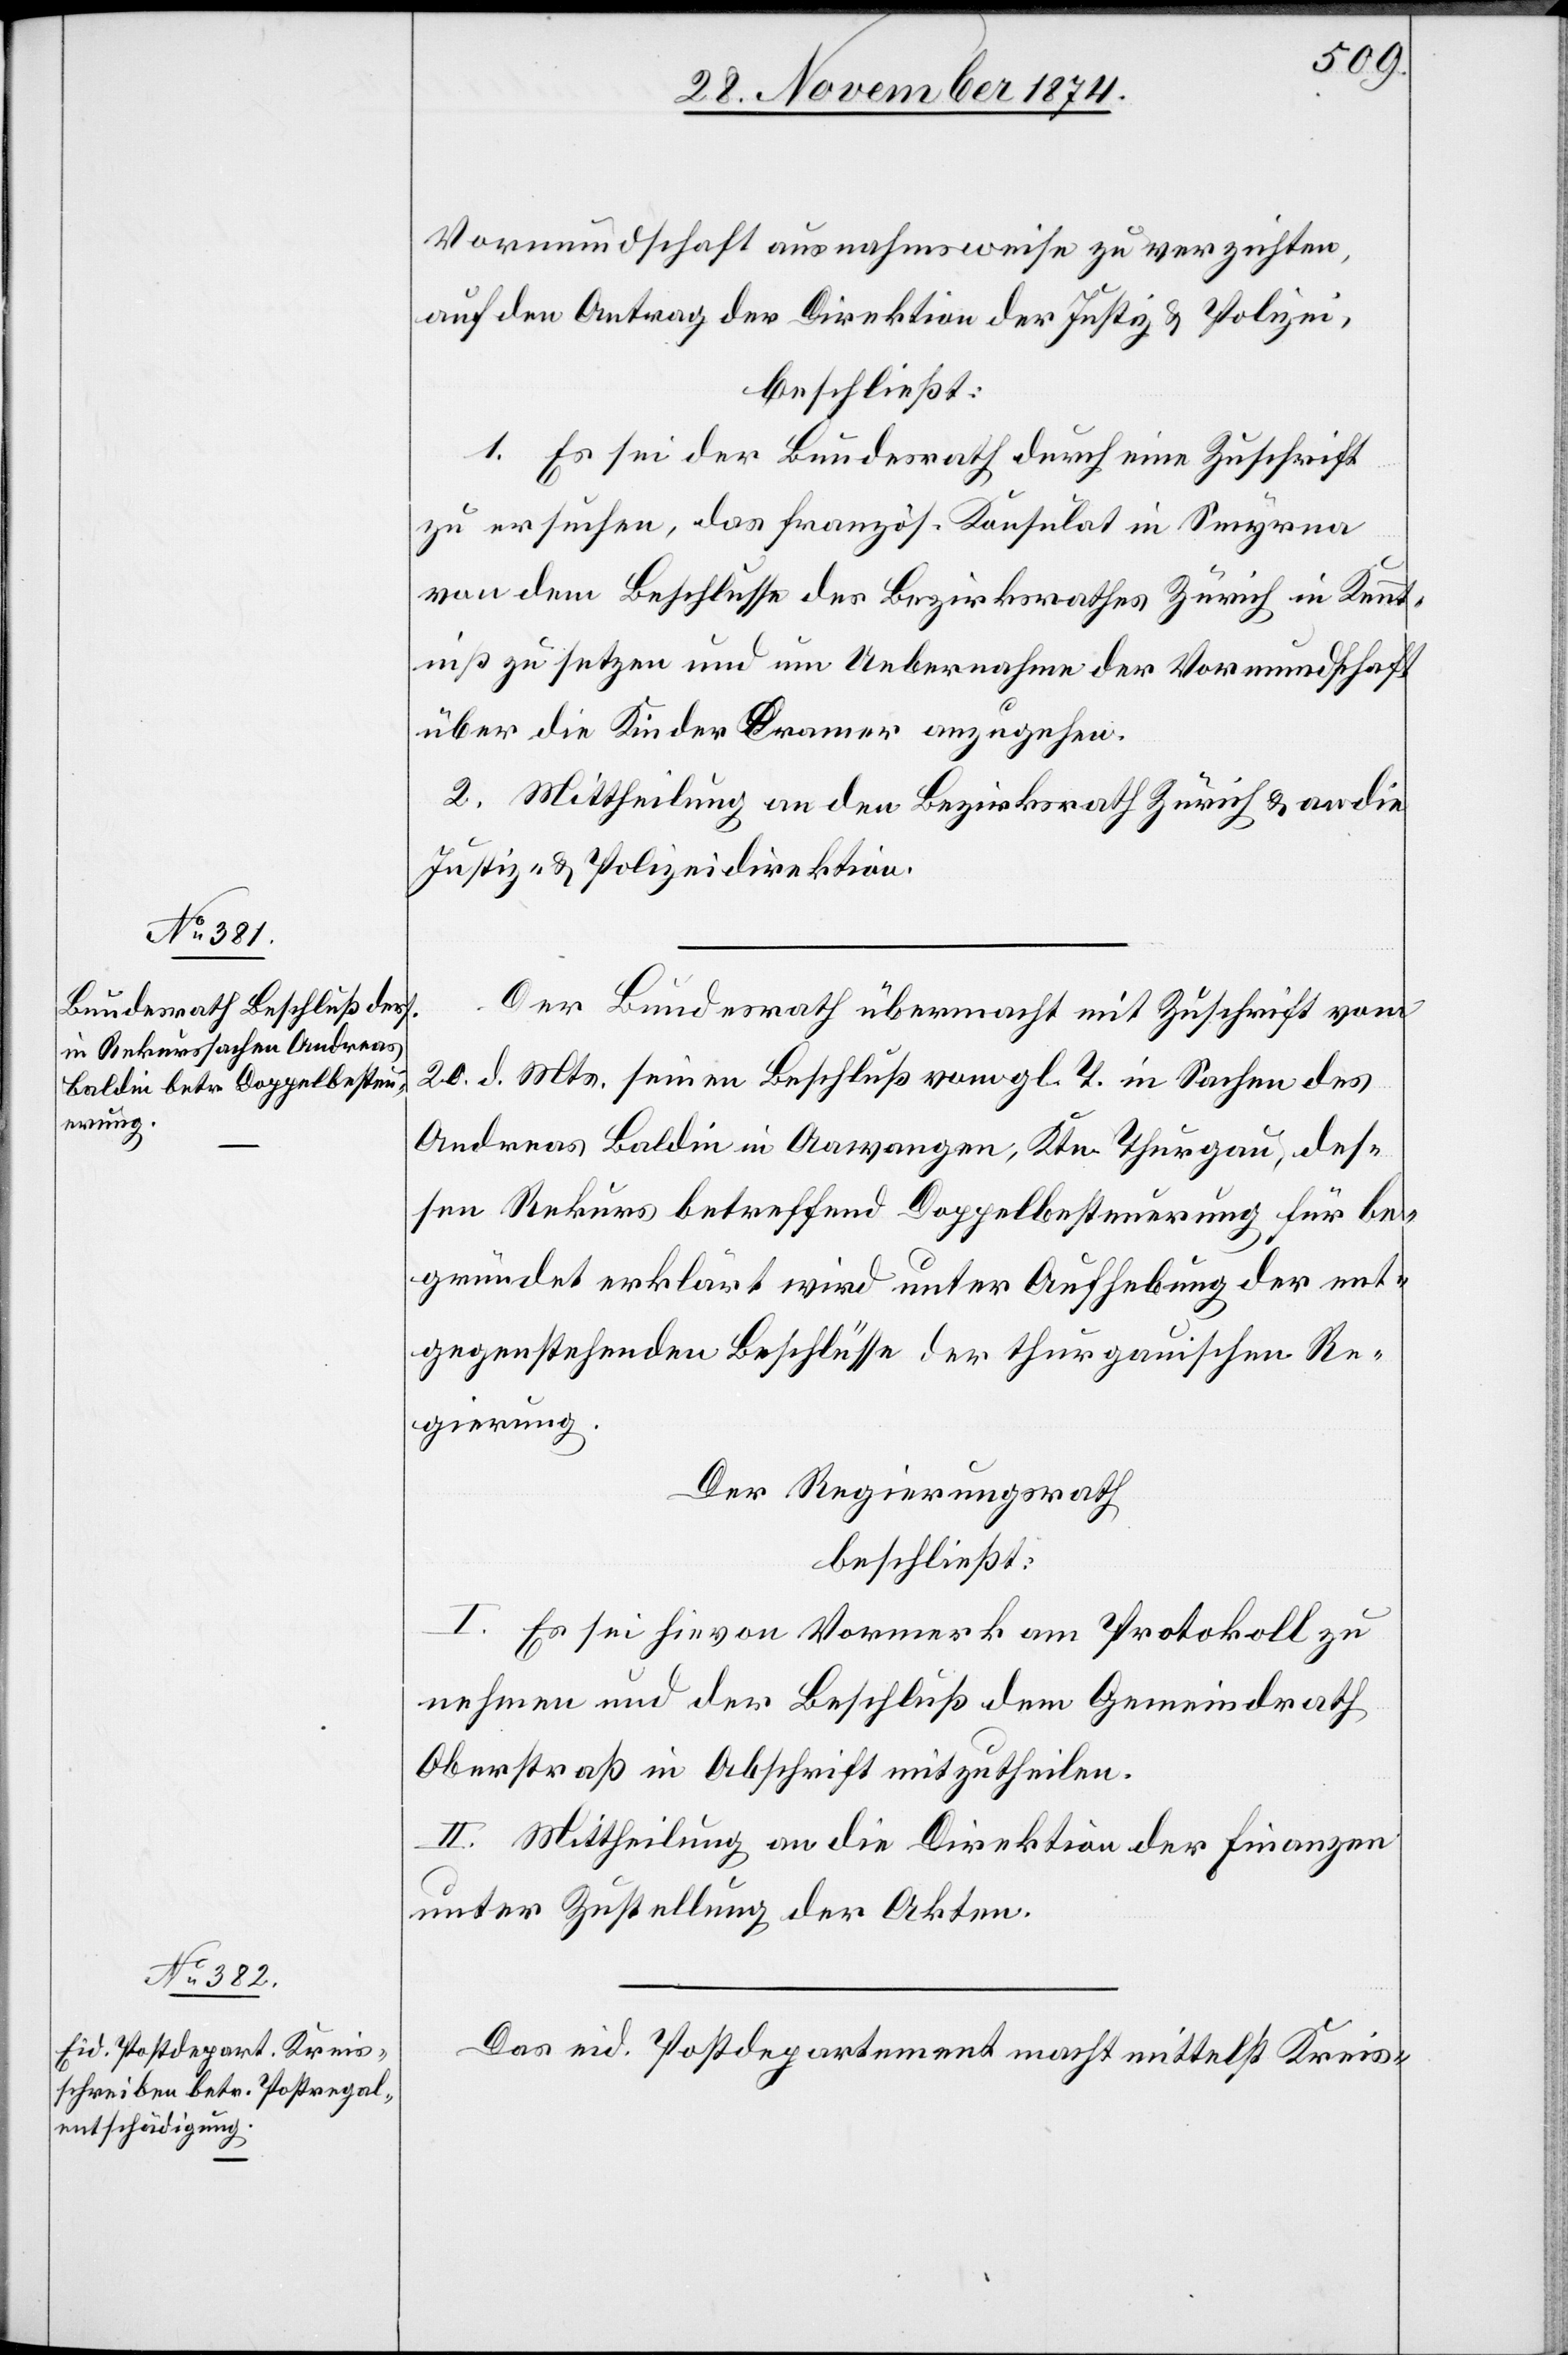
Vormundschaft ausnahmsweise zu verzichten,
auf den Antrag der Direktion der Justiz & Polizei,
beschließt:
1. Es sei der Bundesrath durch eine Zuschrift
zu ersuchen, das französ. Konsulat in Smyrna
von dem Beschlusse des Bezirksrathes Zürich in Kennt¬
niß zu setzen und um Uebernahme der Vormundschaft
über die Kinder Cramer anzugehen.
2. Mittheilung an den Bezirksrath Zürich & an die
Justiz- & Polizeidirektion.
Der Bundesrath übermacht mit Zuschrift vom
20. d. Mts. seinen Beschluß vom gl. T. in Sachen des
Andreas Baldin in Aawangen, Ktn. Thurgau, des¬
sen Rekurs betreffend Doppelbesteuerung für be¬
gründet erklärt wird unter Aufhebung der ent¬
gegenstehenden Beschlüsse der thurgauischen Re¬
gierung.
Der Regierungsrath
beschließt:
I. Es sei hievon Vormerk am Protokoll zu
nehmen und der Beschluß dem Gemeindrath
Oberstraß in Abschrift mitzutheilen.
II. Mittheilung an die Direktion der Finanzen
unter Zustellung der Akten.
Das eid. Postdepartement macht mittelst Kreis-